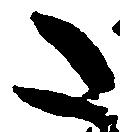
た